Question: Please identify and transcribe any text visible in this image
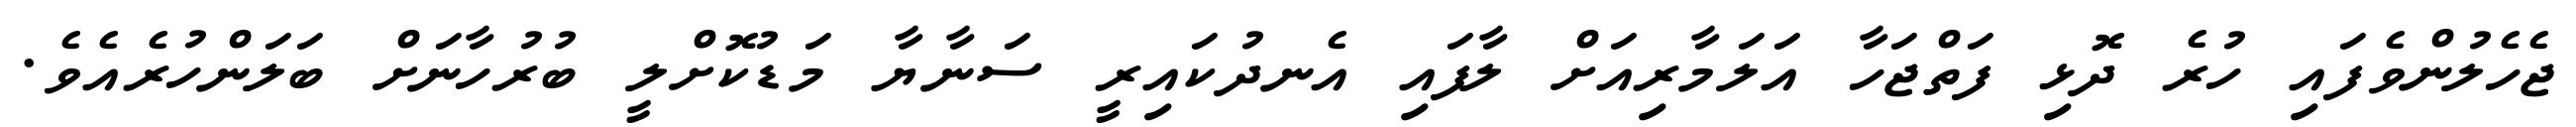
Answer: ޖެހެލުންވެފައި ހުރެ ދޮޅި ފަތްޖަހާ އަލަމާރިއަށް ލާފައި އެނދުކައިރީ ސަނާޔާ މަޑުކޮށްލީ ބުރުހާނަށް ބަލަންހުރެއެވެ.